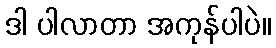
ဒါ ပါလာတာ အကုန်ပါပဲ။